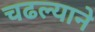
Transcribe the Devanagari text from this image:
चढल्याने